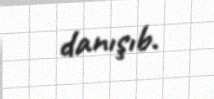
danışıb.